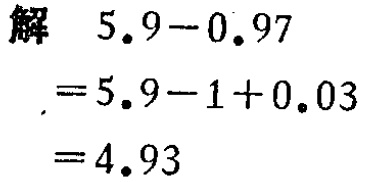
解
\[
\begin{align*}
&5.9 - 0.97\\
=&5.9 - 1 + 0.03\\
=&4.93
\end{align*}
\]